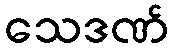
သေဒဏ်